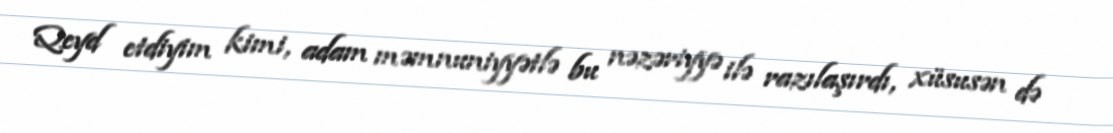
Qeyd etdiyim kimi, adam məmnuniyyətlə bu nəzəriyyə ilə razılaşırdı, xüsusən də